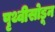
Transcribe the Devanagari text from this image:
पृथ्वीसोडून